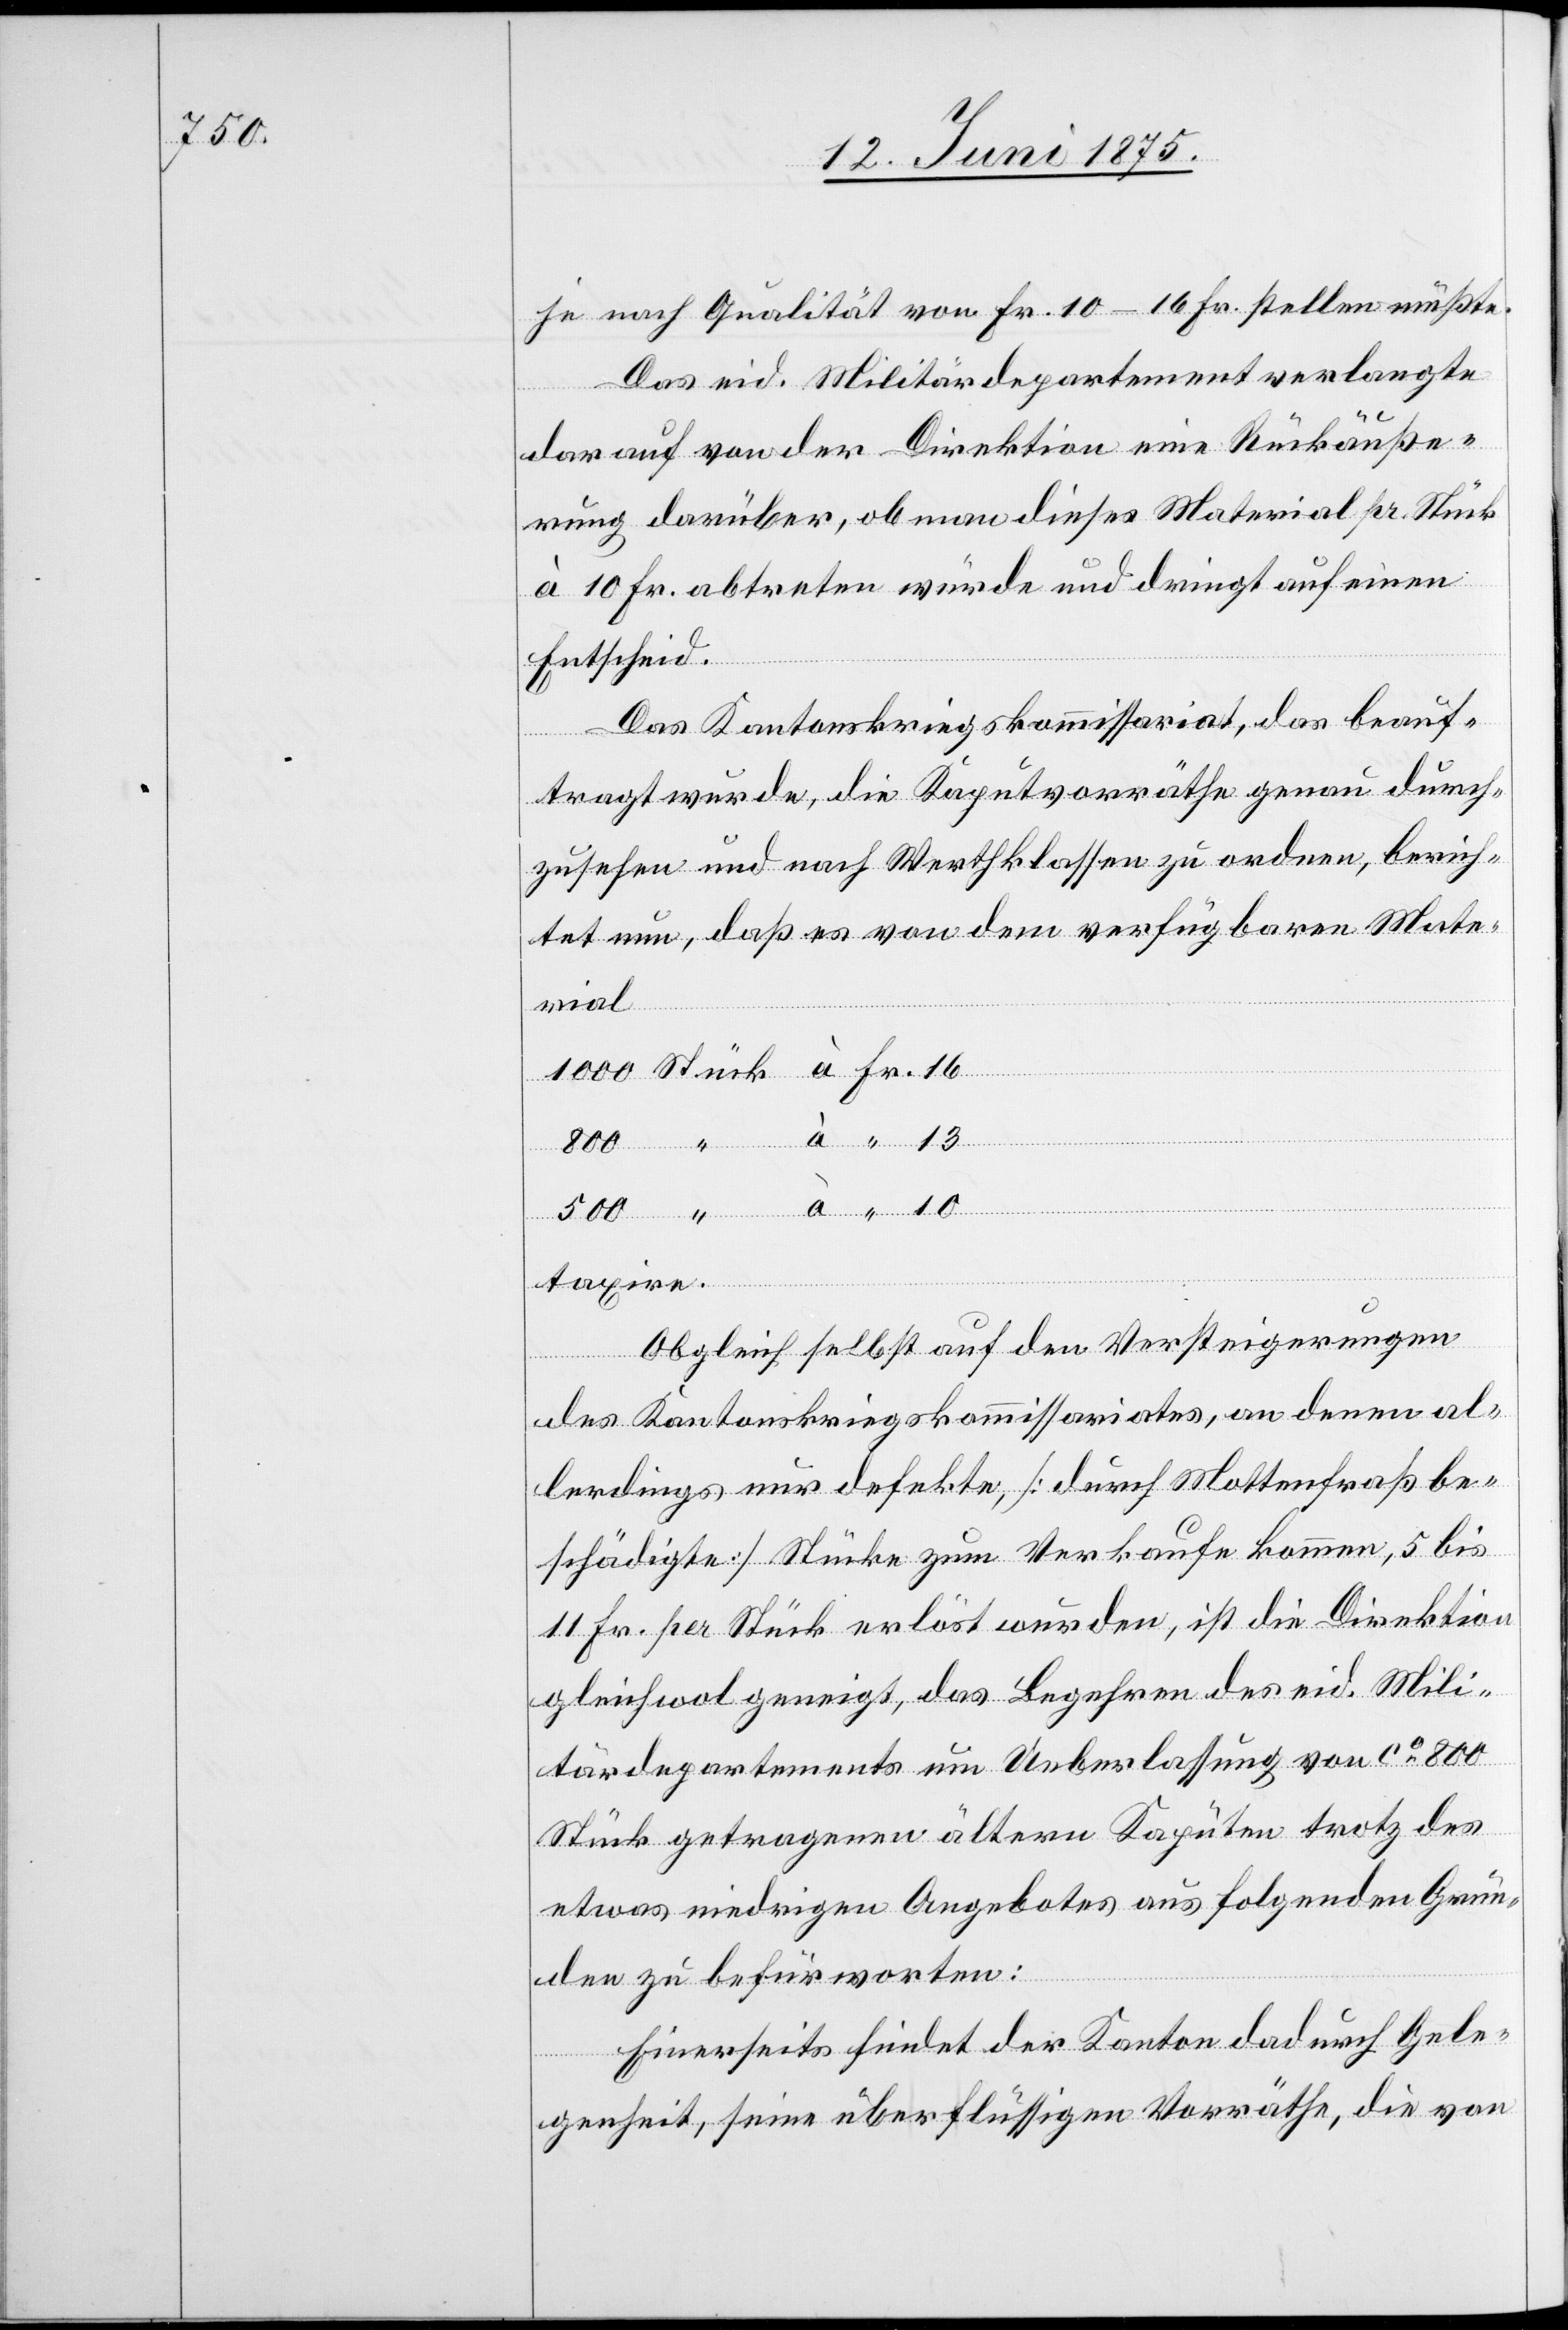
800

je nach Qualität von Fr. 10–16 Fr. stellen müßte.
Das eid. Militärdepartement verlangte
darauf von der Direktion eine Rückäuße¬
rung darüber, ob man dieses Material pr. Stück
à 10 Fr. abtreten würde und dringt auf einen
Entscheid.
Das Kantonskriegskommissariat, das beauf¬
tragt wurde, die Kajütvorräthe genau durch¬
zusehen und nach Werthklassen zu ordnen, berich¬
tet nun, daß es von dem verfügbaren Mate¬
rial
Fr.
taxire.
Obgleich selbst auf den Versteigerungen
des Kantonskriegskommissariates, an denen al¬
lerdings nur defekte [durch Mottenfraß be¬
schädigte] Stücke zum Verkaufe kommen, 5 bis
11 Fr. per Stück erlöst wurden, ist die Direktion
gleichwol geneigt, das Begehren des eid. Mili¬
tärdepartements um Ueberlassung von ca 800
Stück getragenen ältern Kajüten trotz des
etwas niedrigen Angebotes aus folgenden Grün¬
den zu befürworten:
Einerseits findet der Kanton dadurch Gele¬
genheit, seine überflüssigen Vorräthe, die von